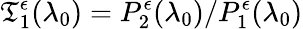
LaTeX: \mathfrak{T}_{1}^{\epsilon}(\lambda_{0})=P_{2}^{\epsilon}(\lambda_{0})/P_{1}^{\epsilon}(\lambda_{0})